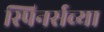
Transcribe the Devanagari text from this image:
स्पिनर्सच्या